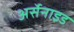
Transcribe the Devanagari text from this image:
अर्सेनाइड